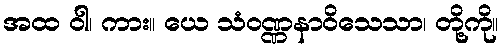
အထ ဝါ၊ ကား။ ယေ သံဝဏ္ဏနာဝိသေသာ၊ တို့ကို။